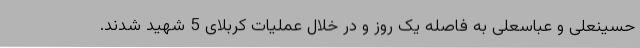
حسینعلی و عباسعلی به فاصله یک روز و در خلال عملیات کربلای 5 شهید شدند.